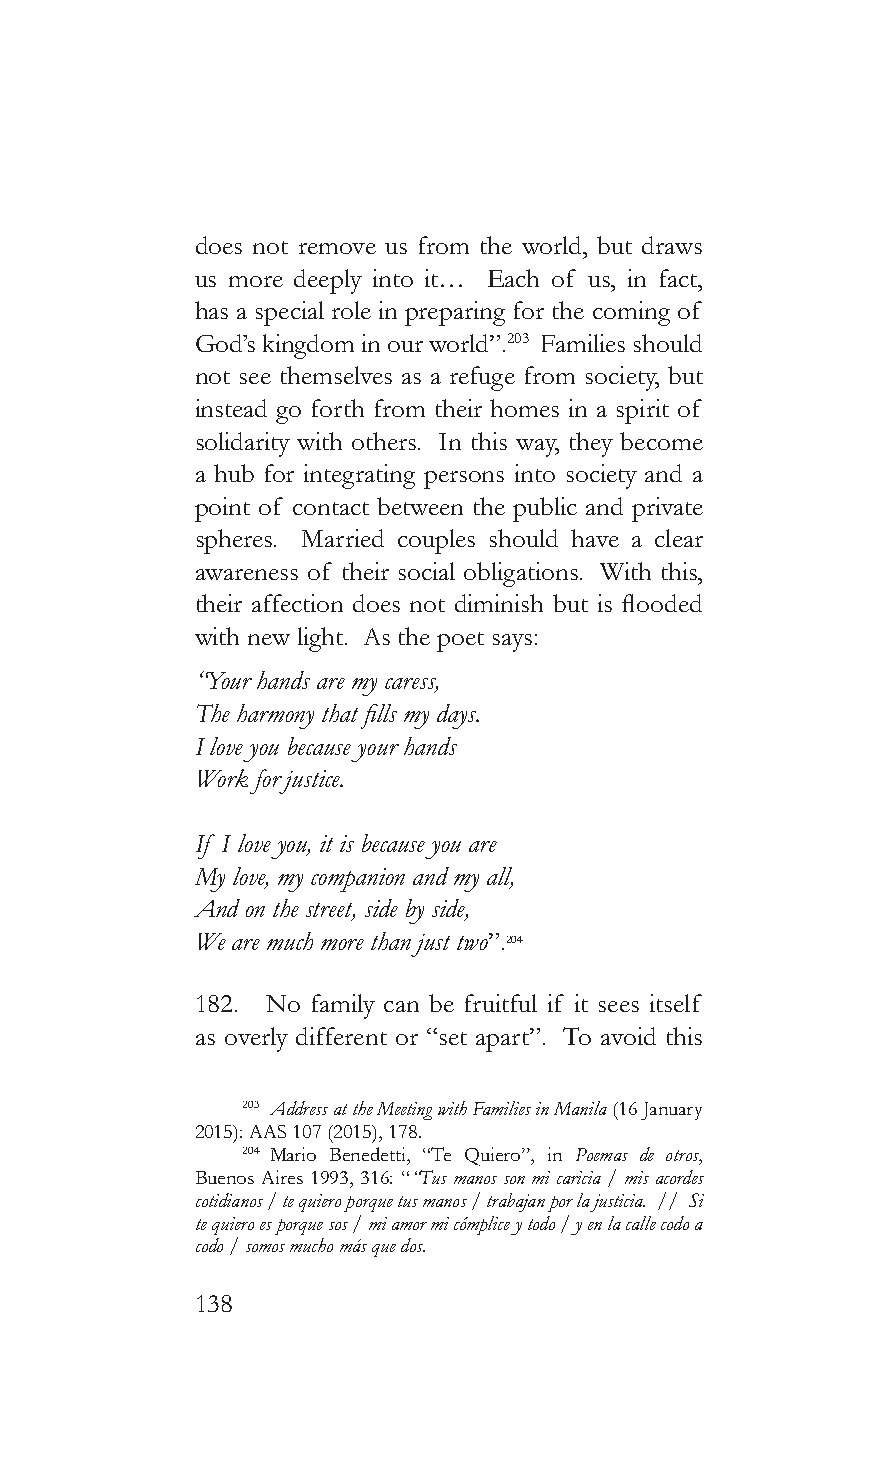
does not remove us from the world, but draws
 us more deeply into it… Each of us, in fact,
 has a special role in preparing for the coming of
 God’s kingdom in our world”.203 Families should
 not see themselves as a refuge from society, but
 instead go forth from their homes in a spirit of
 solidarity with others. In this way, they become
 a hub for integrating persons into society and a
 point of contact between the public and private
 spheres. Married couples should have a clear
 awareness of their social obligations. With this,
 their affection does not diminish but is flooded
 with new light. As the poet says:
 “Your hands are my caress,
 The harmony that fills my days.
 I love you because your hands
 Work for justice.
 If I love you, it is because you are
 My love, my companion and my all,
 And on the street, side by side,
 We are much more than just two”.204
 182. No family can be fruitful if it sees itself
 as overly different or “set apart”. To avoid this
 203 Address at the Meeting with Families in Manila (16 January
 2015): AAS 107 (2015), 178.
 204 Mario Benedetti, “Te Quiero”, in Poemas de otros,
 Buenos Aires 1993, 316: ““Tus manos son mi caricia / mis acordes
 cotidianos / te quiero porque tus manos / trabajan por la justicia. // Si
 te quiero es porque sos / mi amor mi cómplice y todo / y en la calle codo a
 codo / somos mucho más que dos.
 138